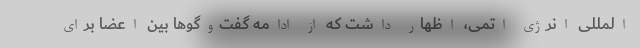
المللی انرژی اتمی، اظهار داشت که از ادامه گفت‌وگوها بین اعضا برای